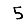
Digit: 5